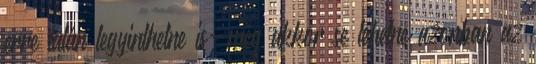
erre talán legyinthetne is-még akkor se lehetne azonban az